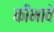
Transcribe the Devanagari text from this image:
कीभावे